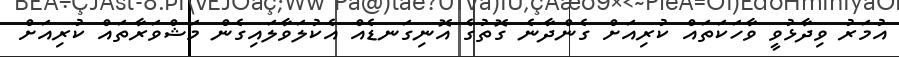
އުމަރު ވިދާޅުވީ ވާހަކަތައް ކުރިއަށް ގެންދާނެ ގޮތުގެ އޮނިގަނޑެއް އެކުލަވާލައިގެން މަޝްވަރާތައް ކުރިއަށް